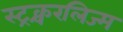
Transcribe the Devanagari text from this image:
स्ट्रक्चरलिज्म